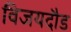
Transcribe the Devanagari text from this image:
विजयदौड